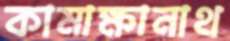
কামাক্ষানাথ